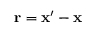
{ \bf { r } } = { \bf { x } } ^ { \prime } - { \bf { x } }